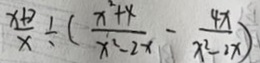
\frac { x + 2 } { x } \div ( \frac { x ^ { 2 } + x } { x ^ { 2 } - 2 x } - \frac { 4 x } { x ^ { 2 } - 2 x } )